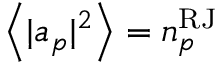
\left< | a _ { p } | ^ { 2 } \right> = n _ { p } ^ { \mathrm { R J } }